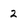
Character: 2